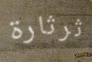
ثرثارة